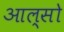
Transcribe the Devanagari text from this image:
आल्सो